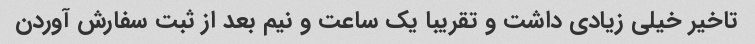
تاخیر خیلی زیادی داشت و تقریبا یک ساعت و نیم بعد از ثبت سفارش آوردن